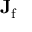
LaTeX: \mathbf { J } _ { \mathrm { f } }